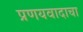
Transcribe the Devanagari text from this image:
प्रणयवादाचा